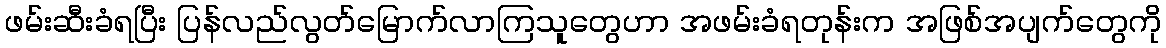
ဖမ်းဆီးခံရပြီး ပြန်လည်လွတ်မြောက်လာကြသူတွေဟာ အဖမ်းခံရတုန်းက အဖြစ်အပျက်တွေကို